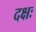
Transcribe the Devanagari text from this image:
दक्षः